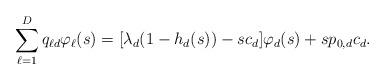
LaTeX: \begin{align*} \sum_{\ell=1}^D q_{\ell d}\varphi_\ell(s) = [\lambda_d(1-h_d(s)) - sc_d]\varphi_d(s) + s p_{0,d}c_d.\end{align*}